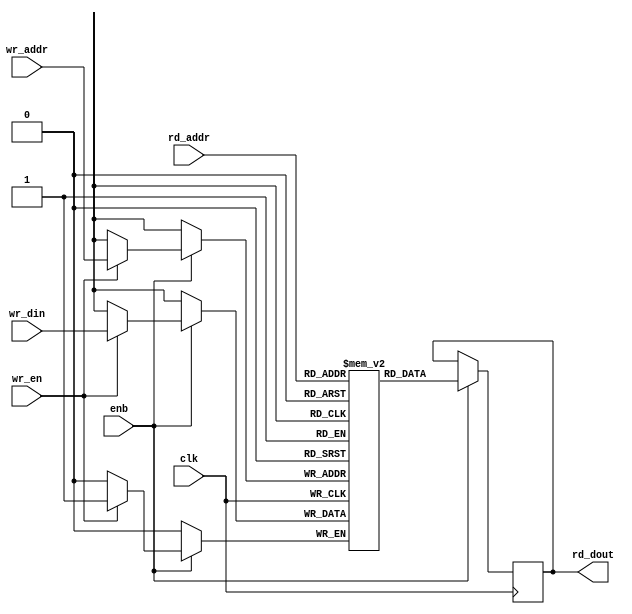
// -------------------------------------------------------------
// 
// 
// Generated by MATLAB 9.13 and HDL Coder 4.0
// 
// -------------------------------------------------------------


// -------------------------------------------------------------
// 
// Module: SimpleDualPortRAM_generic
// Source Path: tb_FFT/DUT/FFT/RADIX22FFT_SDF1_1/SimpleDualPortRAM_generic
// Hierarchy Level: 3
// 
// -------------------------------------------------------------

`timescale 1 ns / 1 ns

module SimpleDualPortRAM_generic
          (clk,
           enb,
           wr_din,
           wr_addr,
           wr_en,
           rd_addr,
           rd_dout);

  parameter integer AddrWidth  = 1;
  parameter integer DataWidth  = 1;

  input   clk;
  input   enb;
  input   signed [DataWidth - 1:0] wr_din;  // parameterized width
  input   [AddrWidth - 1:0] wr_addr;  // parameterized width
  input   wr_en;  // ufix1
  input   [AddrWidth - 1:0] rd_addr;  // parameterized width
  output  signed [DataWidth - 1:0] rd_dout;  // parameterized width


  reg  [DataWidth - 1:0] ram [2**AddrWidth - 1:0];
  reg  [DataWidth - 1:0] data_int;
  integer i;

  initial begin
    for (i=0; i<=2**AddrWidth - 1; i=i+1) begin
      ram[i] = 0;
    end
    data_int = 0;
  end


  always @(posedge clk)
    begin : SimpleDualPortRAM_generic_process
      if (enb == 1'b1) begin
        if (wr_en == 1'b1) begin
          ram[wr_addr] <= wr_din;
        end
        data_int <= ram[rd_addr];
      end
    end

  assign rd_dout = data_int;

endmodule  // SimpleDualPortRAM_generic